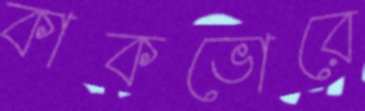
কাকভোরে